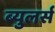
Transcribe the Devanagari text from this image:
ब्युलर्स